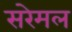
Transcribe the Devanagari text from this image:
सरेमल